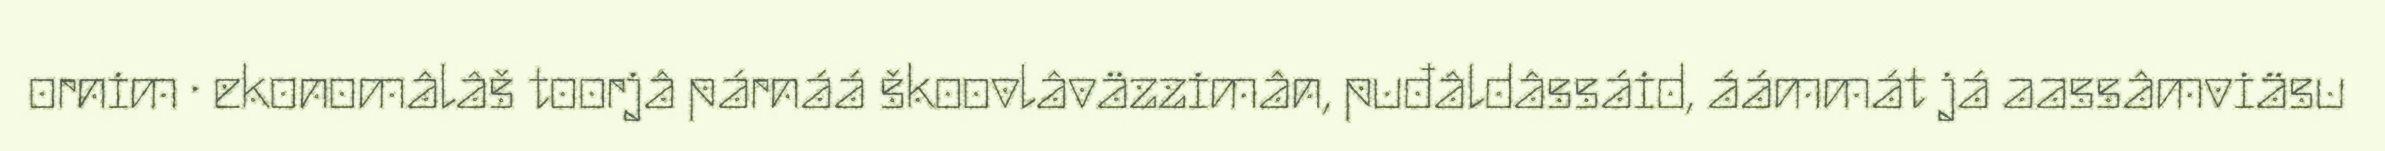
ornim · ekonomâlâš toorjâ párnáá škoovlâväzzimân, puđâldâssáid, áámmát já aassâmviäsu